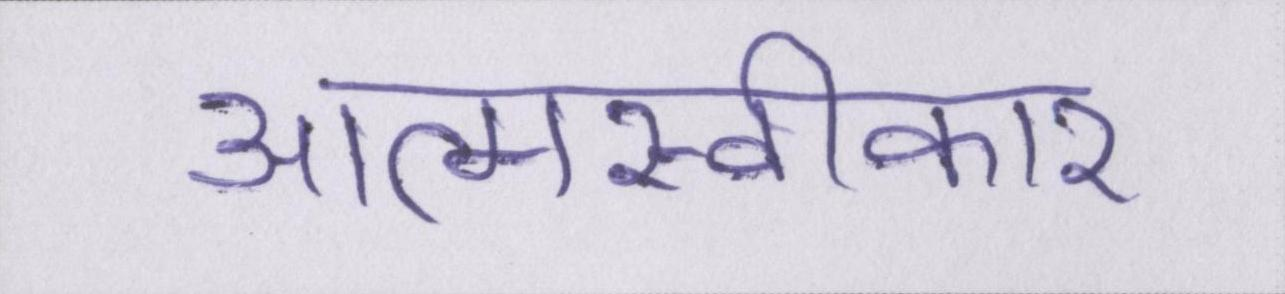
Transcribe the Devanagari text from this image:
आत्मस्वीकार